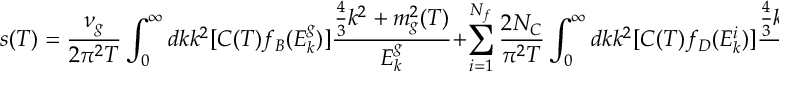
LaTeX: s ( T ) = \frac { \nu _ { g } } { 2 \pi ^ { 2 } T } \int _ { 0 } ^ { \infty } d k k ^ { 2 } [ C ( T ) f _ { B } ( E _ { k } ^ { g } ) ] \frac { \frac { 4 } { 3 } k ^ { 2 } + m _ { g } ^ { 2 } ( T ) } { E _ { k } ^ { g } } + \sum _ { i = 1 } ^ { N _ { f } } \frac { 2 N _ { C } } { \pi ^ { 2 } T } \int _ { 0 } ^ { \infty } d k k ^ { 2 } [ C ( T ) f _ { D } ( E _ { k } ^ { i } ) ] \frac { \frac { 4 } { 3 } k ^ { 2 } + m _ { i } ^ { 2 } ( T ) } { E _ { k } ^ { i } } .